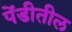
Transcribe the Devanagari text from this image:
पेंडीतील